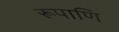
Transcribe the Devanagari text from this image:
रूपाणि